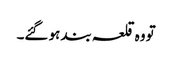
تو وہ قلعہ بند ہو گئے۔